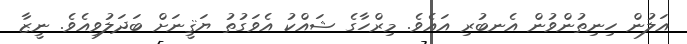
އަލުން ހިނިތުންވުން އެނބުރި އައެވެ. މިރްހާގެ ޝައްކު އެވަގުތު ޔަޤީނަށް ބަދަލުވިއެވެ. ނީޒާ